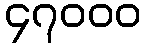
၄၇၀၀၀